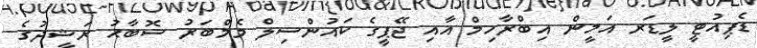
ޑެޕިއުޓީ ލީޑަރ އަމީން އިބްރާހިމް އާއި ޖޭޕީގެ ކައުންސިލް މެމްބަރު ސޮބާޙު ރަޝީދުގެ